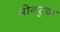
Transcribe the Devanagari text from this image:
मोनटुक